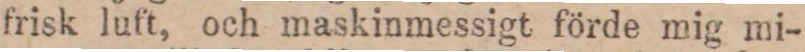
frisk luft, och maskinmessigt förde mig mi-